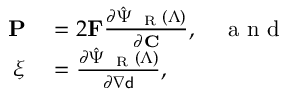
\begin{array} { r l } { \mathbf { P } } & { { } = 2 \mathbf { F } \frac { \partial \hat { \Psi } _ { \mathrm { ~ \tiny ~ R ~ } } ( \boldsymbol { \Lambda } ) } { \partial \mathbf { C } } , \quad \mathrm { ~ a ~ n ~ d ~ } } \\ { \boldsymbol { \xi } } & { { } = \frac { \partial \hat { \Psi } _ { \mathrm { ~ \tiny ~ R ~ } } ( \boldsymbol { \Lambda } ) } { \partial \nabla { \mathsf { d } } } , } \end{array}